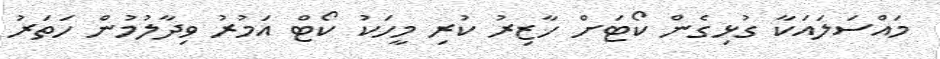
މައްސަލައަކާ ގުޅިގެން ކޯޓަށް ހާޒިރު ކުރި މީހަކު ކޯޓް އަމުރު ވިދާލުމުން ހަތަރު